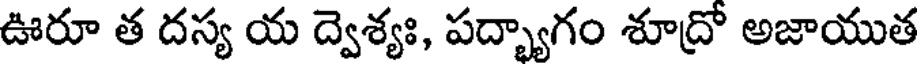
ఊరూ త దస్య య ద్వెశ్యః, పద్భ్యాగం శూద్రో అజాయుత